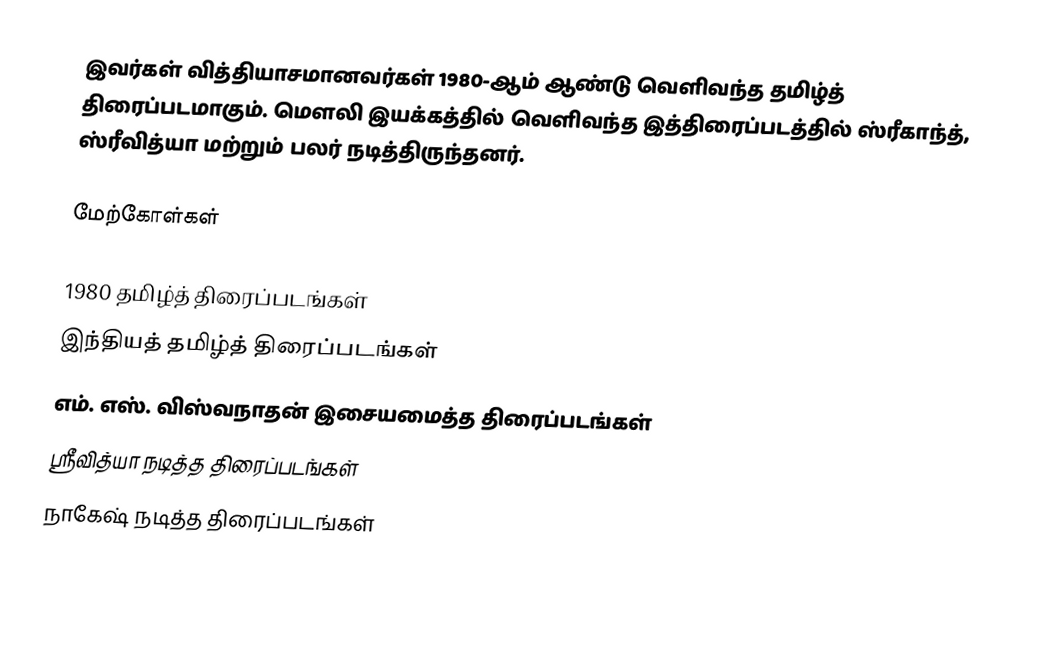
இவர்கள் வித்தியாசமானவர்கள் 1980-ஆம் ஆண்டு வெளிவந்த தமிழ்த் திரைப்படமாகும். மௌலி இயக்கத்தில் வெளிவந்த இத்திரைப்படத்தில் ஸ்ரீகாந்த், ஸ்ரீவித்யா மற்றும் பலர் நடித்திருந்தனர்.

மேற்கோள்கள்

1980 தமிழ்த் திரைப்படங்கள்
இந்தியத் தமிழ்த் திரைப்படங்கள்
எம். எஸ். விஸ்வநாதன் இசையமைத்த திரைப்படங்கள்
ஸ்ரீவித்யா நடித்த திரைப்படங்கள்
நாகேஷ் நடித்த திரைப்படங்கள்